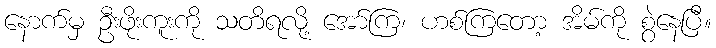
နောက်မှ ဦးဖိုးကူးကို သတိရလို့ အော်ကြ၊ ဟစ်ကြတော့ အိမ်ကို စွဲနေပြီ။